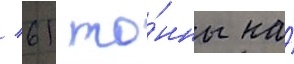
/ 61 то́нны на́